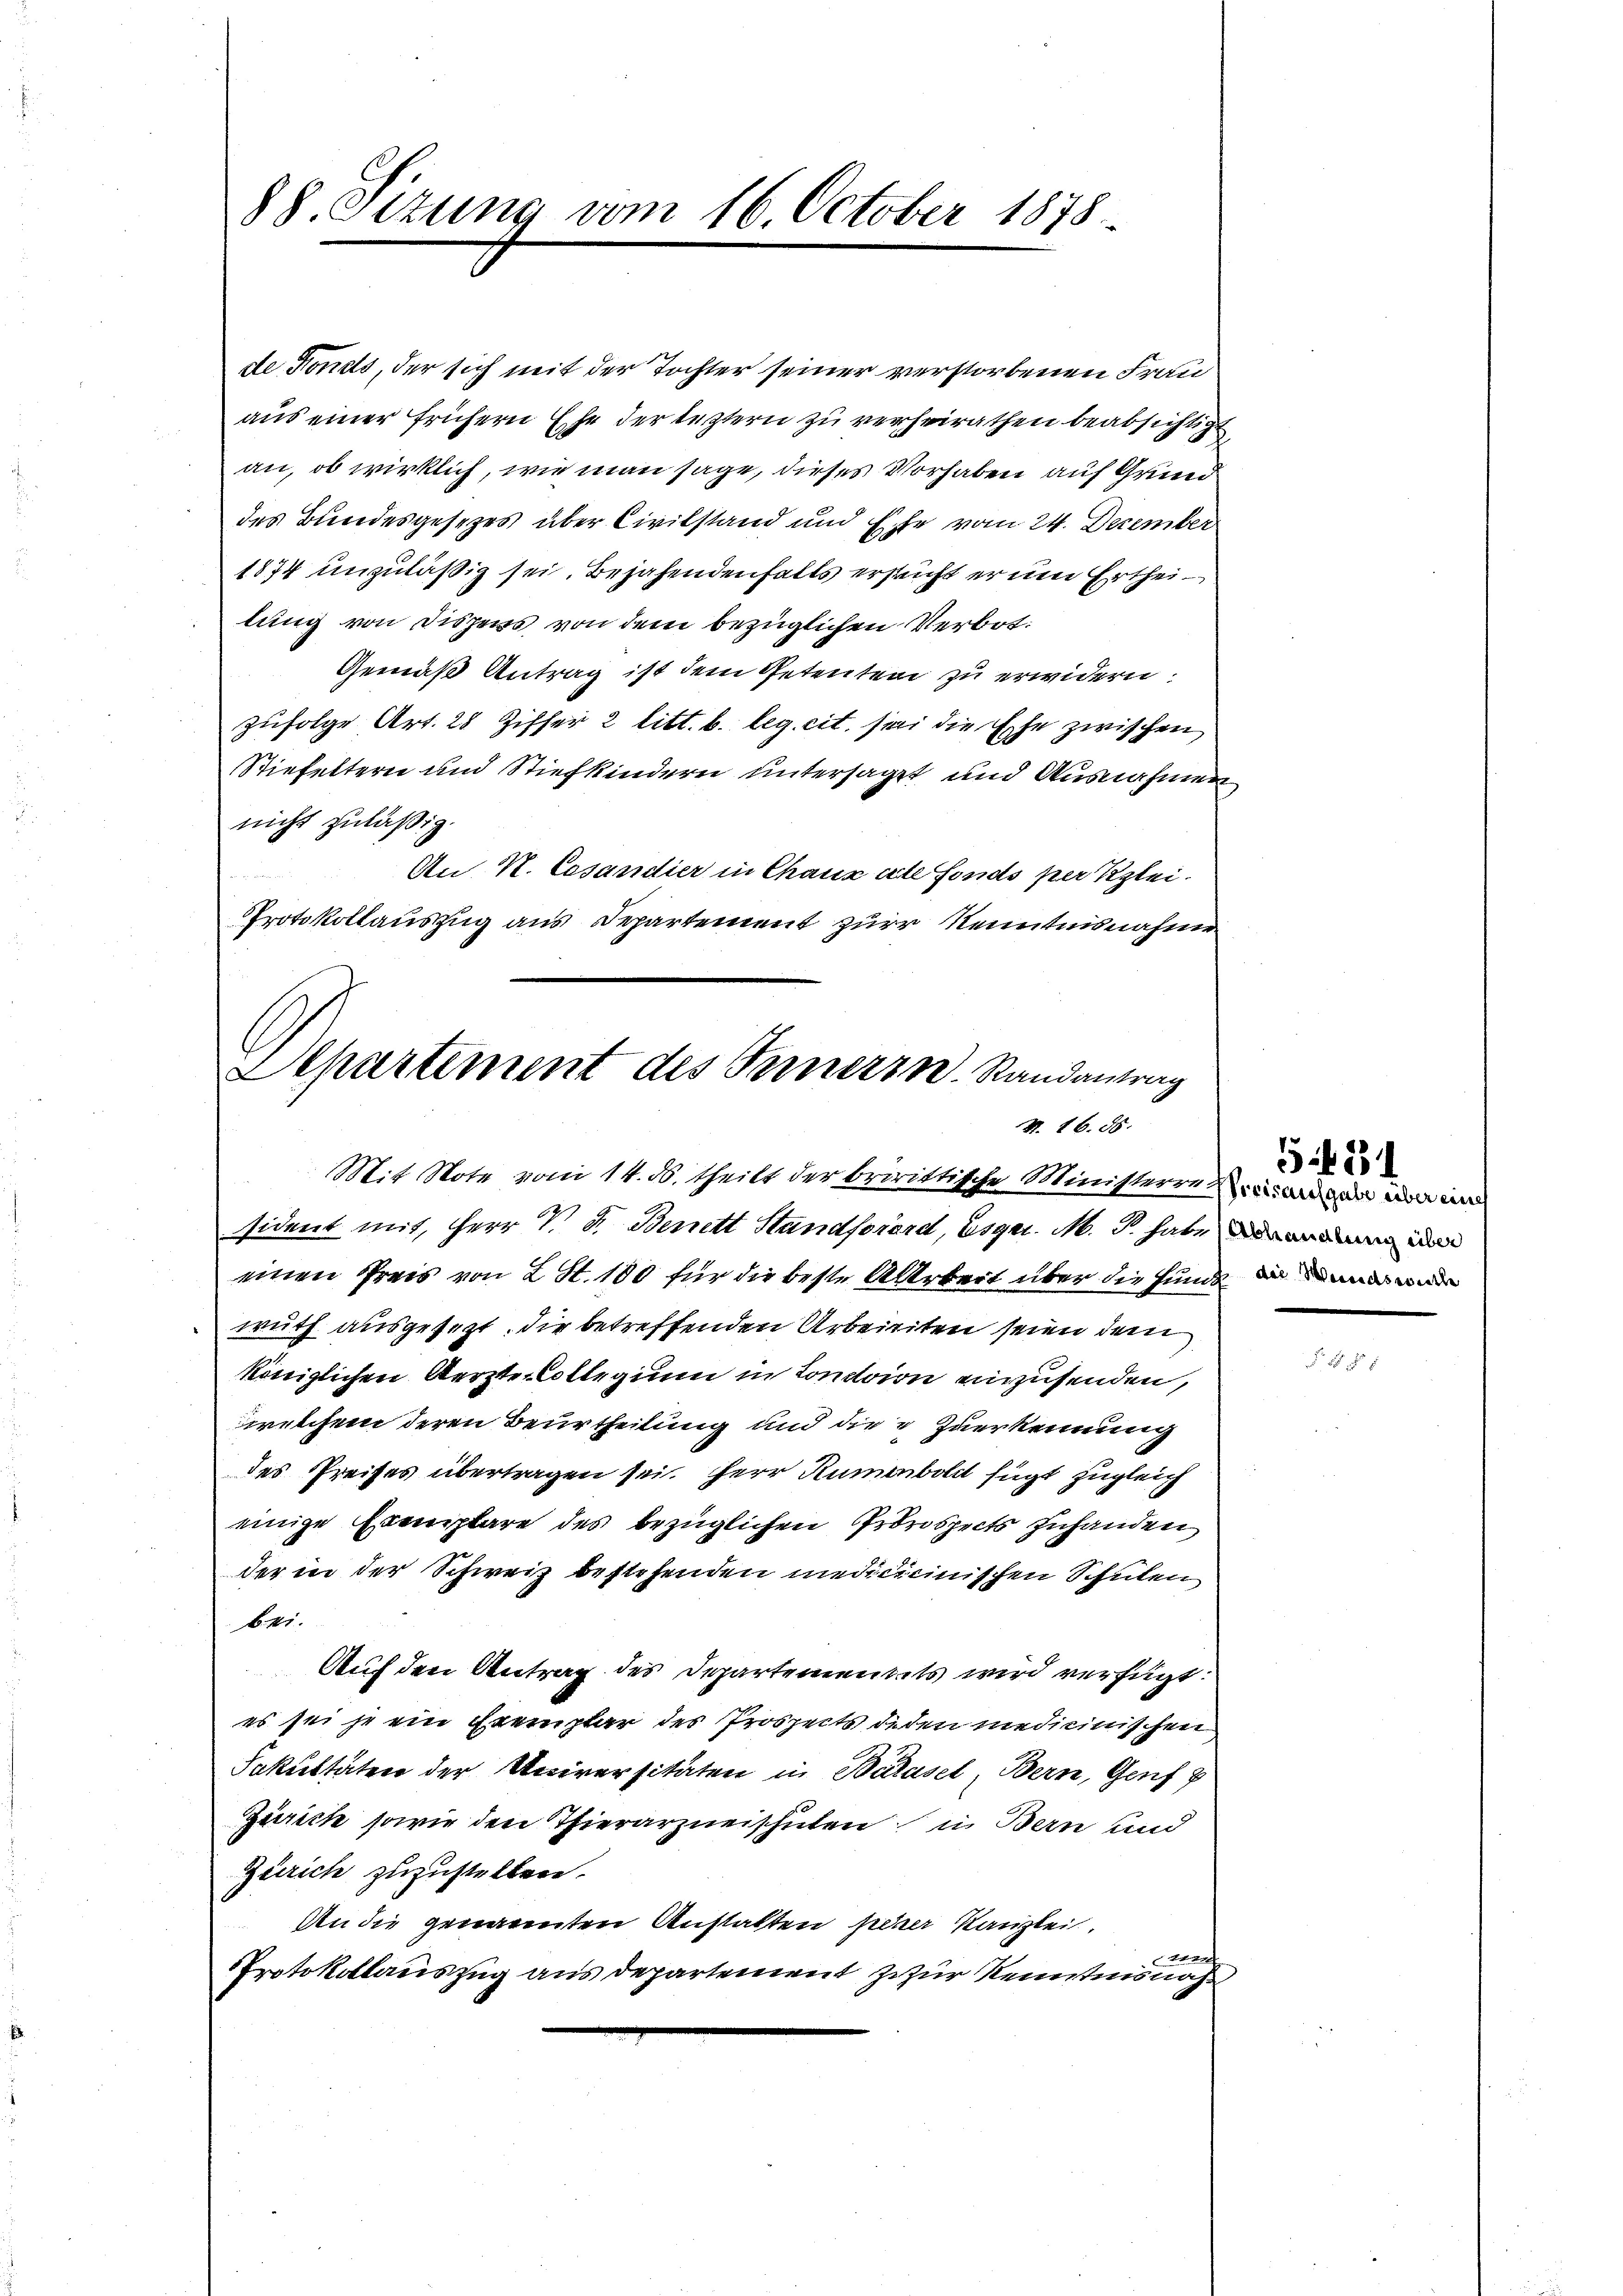
de Fonds, der sich mit der Tochter seiner verstorbenen Frau
aus einer frühern Ehe der leztern zu verheirathen beabsichtigt
an, ob wirklich, wie man sage, dieses Vorhaben auf Grund
des Bundesgesezes über Civilstand und Ehe vom 24. Dezember
1874 unzuläßig sei. Bejahendenfalls ersucht er um Ertheilung von Dispens von dem bezüglichen Verbot¬
Gemäß Antrag ist dem Petenten zu erwidern:
zufolge Art. 28 Ziffer 2 litt. b. leg. cit. sei die Ehe zwischen
Stiefeltern und Stiefkindern untersaget und Ausnahmen
nicht zuläßig.
An N. Cesandier in Chaux acte Fonds per Klei¬
Protokollauszug aus Departement zur Kenntnisnahme

88. Octung vom 16. October 1878.

Departement des Fernern. Randantrag
N. 16. 55.
Mit Note vom 14. ds. theilt der bririttische Ministerre in anden mir un

sident mit, Herr V. P. Benett Standsorard, Esgr. M. d. habe an d
einen Preis von 2 St. 100 für die beste Allrkeit über die funde in und
wuth ausgesezt. Die betreffenden Arbeiten seien dem
königlichen Aerzte Collegium in Concion einzusenden,
welchem deren Beurtheilung und die Zuerkennung
des Preises übertragen sei. Herr Rumenboldt fügt zugleich
einige Exemplare des bezüglichen Prorospects zuhanden
der in der Schweiz bestehenden medicicinischen Schulen
bei.
Auf den Antrag des Departementets wird verfügt:
es sei je ein Exemplar des Prospects deden medicinischen
Fakultäten der Universitäten in Barasel, Bern, Genf
Zürich sowie den Thierarzneischulen in Bern und
Zürich zuzustellen.
An die genannten Anstalten parer Kanzlei.
n
Protokollauszug aus departement zur Kenntnisnah

5.431